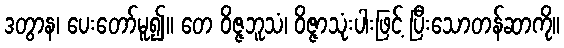
ဒတွာန၊ ပေးတော်မူ၍။ တေ ဝိဇ္ဇဘူသံ၊ ဝိဇ္ဇာသုံးပါးဖြင့် ပြီးသောတန်ဆာကို။